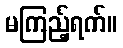
မကြည့်ရက်။